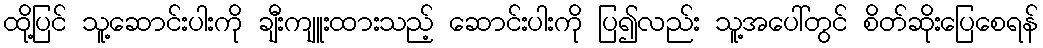
ထို့ပြင် သူ့ဆောင်းပါးကို ချီးကျူးထားသည့် ဆောင်းပါးကို ပြ၍လည်း သူ့အပေါ်တွင် စိတ်ဆိုးပြေစေရန်